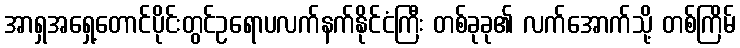
အာရှအရှေ့တောင်ပိုင်းတွင်ဥရောပလက်နက်နိုင်ငံကြီး တစ်ခုခု၏ လက်အောက်သို့ တစ်ကြိမ်